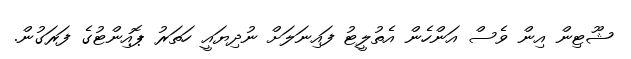
ޝޫޓިން އިން ވެސް އަންހެން އެތުލީޓު ފައިނަލަށް ނުދިޔައީ ހަތަރު ޕޮއިންޓުގެ ފަރަގުން.